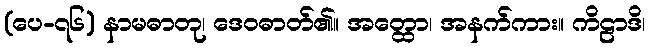
(ပေ-၇၆) နာမဓာတု၊ ဒေဝဓာတ်၏။ အတ္ထော၊ အနက်ကား။ ကိဠာဒိ၊